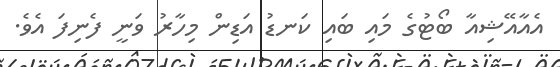
އެއާއޭޝިއާ ބޯޓުގެ މައި ބައި ކަނޑު އަޑިން މިހާރު ވަނީ ފެނިފަ އެވެ.